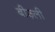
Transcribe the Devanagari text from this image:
बीज़्ली